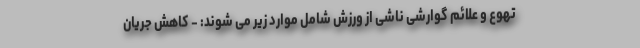
تهوع و علائم گوارشی ناشی از ورزش شامل موارد زیر می شوند: - کاهش جریان